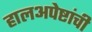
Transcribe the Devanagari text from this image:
हालअपेष्टांची